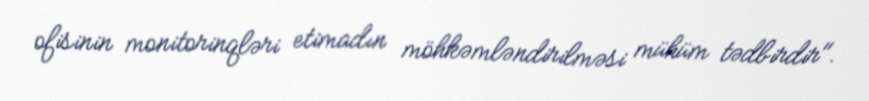
ofisinin monitorinqləri etimadın möhkəmləndirilməsi mühüm tədbirdir".